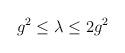
LaTeX: \begin{align*} g^2\le\lambda\le 2g^2\end{align*}